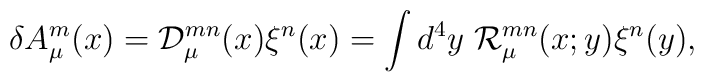
\delta A_\mu^m(x)={\cal D}_\mu^{mn}(x)\xi^n(x)=\int d^4y\;{\cal R}_\mu^ {mn}(x;y)\xi^n(y),